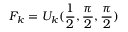
F _ { k } = U _ { k } ( \frac { 1 } { 2 } , \frac { \pi } { 2 } , \frac { \pi } { 2 } )